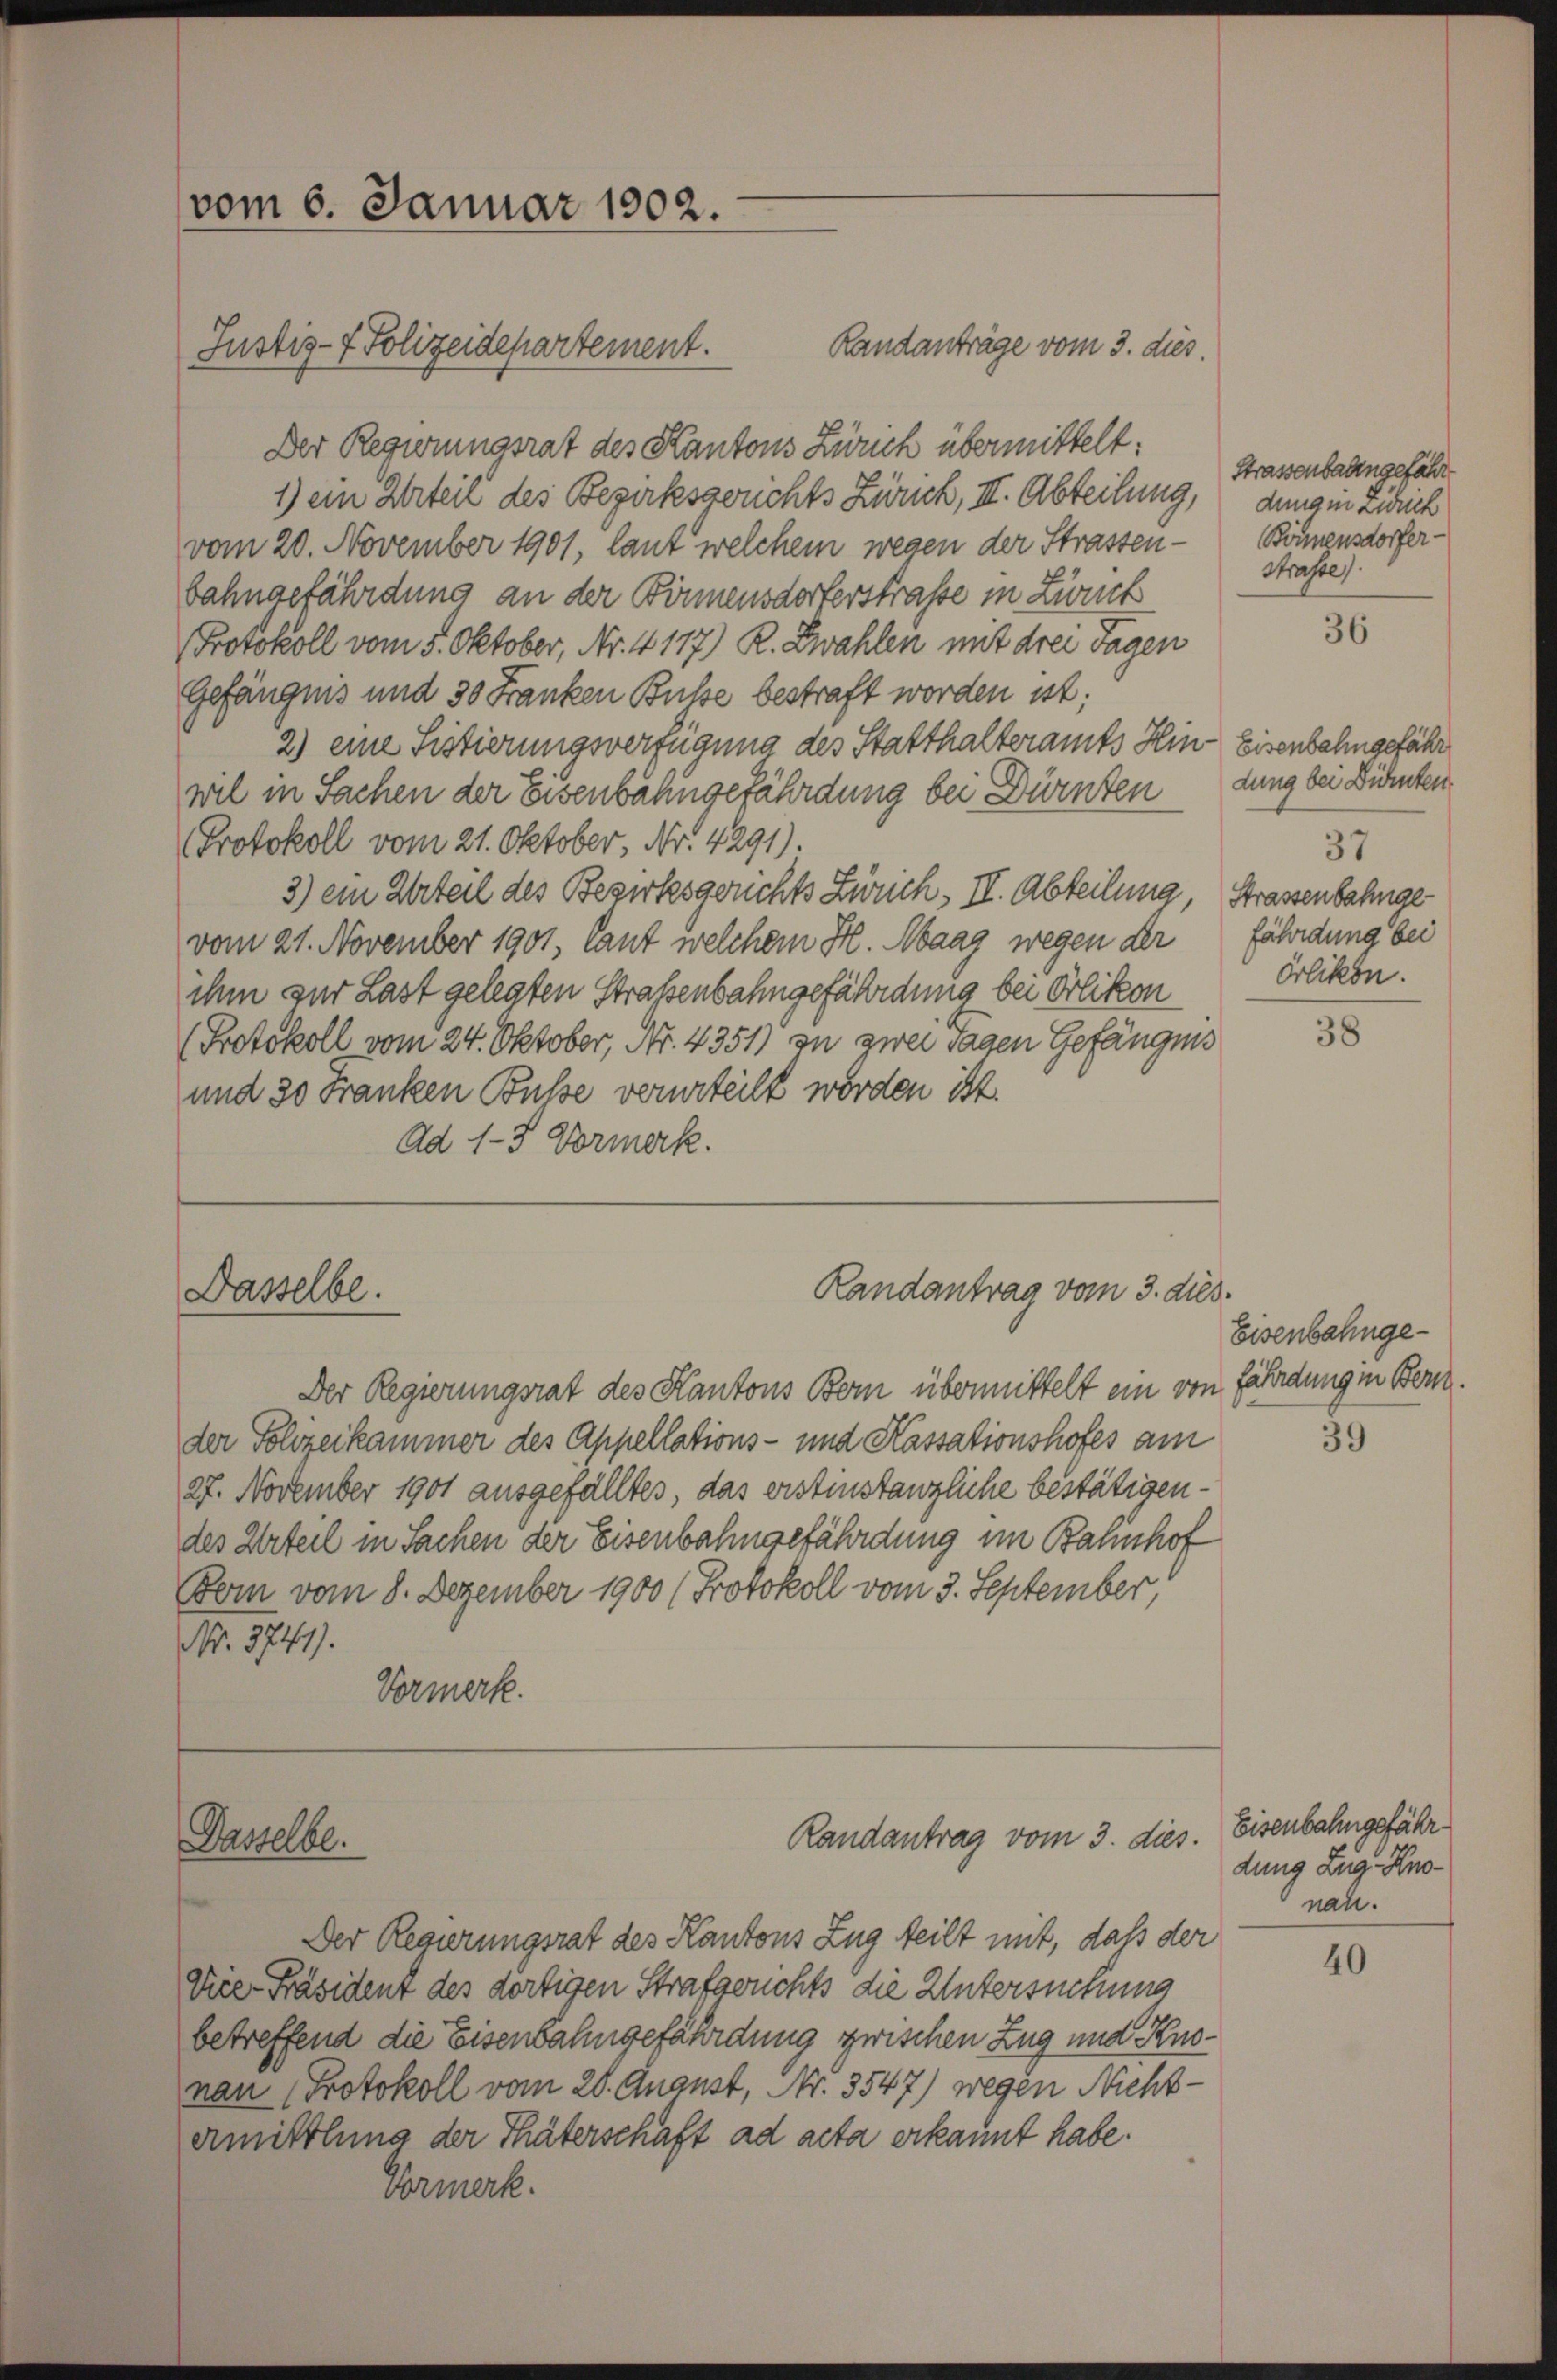
vom 6. Januar 1902.
Justiz- & Polizeidepartement.

Randanträge vom 3. dies.
Der Regierungsrat des Kantons Zürich übermittelt:
1) ein Urteil des Bezirksgerichts Zürich, II. Abteilung,
vom 20. November 1901, laut welchem wegen der Strassen- Bönnensdorferbahngefährdung an der Könnensdorferstraße in Zweck
Protokoll vom 5. Oktober, Nr. 4117) R. Zwahlen mit drei Tagen
Gefängnis und 30 Franken Busse bestraft worden ist;
2) eine Sistierungsverfügung des Statthalteramts Hin-Eisenbahngefähr
wil in Sachen der Eisenbahngefährdung bei Dürntendung bei Dürnten
Protokoll vom 21. Oktober, Nr. 4291).
3) ein Urteil des Bezirksgerichts Zürich, II. Abteilung, Strassenbahnge
vom 21. November 1901, laut welchem H. Maag wegen der
ihm zur Last gelegten Straßenbahngefährdung bei Orlikon
(Protokoll vom 24. Oktober, Nr. 4351) zu zwei Tagen Gefängnis
und 30 Franken Busse verurteilt worden ist.
Ad 1-3 Vormerk.

Dasselbe.

Dasselbe.

Randantrag vom 3. dies

Der Regierungsrat des Kantons Bern übermittelt ein von fährdung in Bern.
der Polizeikammer des Appellations- und Kassationshofes am
27. November 1901 ausgefälltes, das erstinstanzliche bestätigendes Urteil in Sachen der Eisenbahngefährdung im Bahnhof
Bom vom 8. Dezember 1900 (Protokoll vom 3. September,
Nr. 3741).
Vormerk.

Randantrag vom 3. dies.

Strassenbadengefähr
dung in Zürich
Straße.

Der Regierungsrat des Kantons Zug teilt mit, daß der
Vice-Präsident des dortigen Strafgerichts die Untersuchung
betreffend die Eisenbahngefährdung zwischen Zug und Knonan Protokoll vom 20. August, Nr. 3547) wegen Nicht-
ermittlung der Thäterschaft ad acta erkannt habe.
Vormerk.

36

37
fährdung bei
Orlikon.

38

Eisenbahnge¬

39

Eisenbahngefähr
dung aug. Knonan.

40